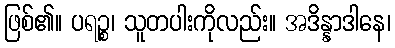
ဖြစ်၏။ ပရဉ္စ၊ သူတပါးကိုလည်း။ အဒိန္နာဒါနေ၊